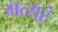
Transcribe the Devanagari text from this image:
मत्यर्ं